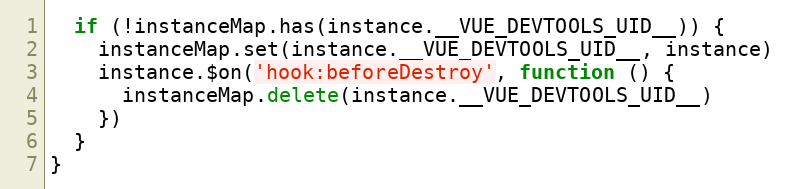
Language: JavaScript
  if (!instanceMap.has(instance.__VUE_DEVTOOLS_UID__)) {
    instanceMap.set(instance.__VUE_DEVTOOLS_UID__, instance)
    instance.$on('hook:beforeDestroy', function () {
      instanceMap.delete(instance.__VUE_DEVTOOLS_UID__)
    })
  }
}